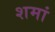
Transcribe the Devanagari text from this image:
शमां